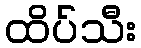
ထိပ်သီး